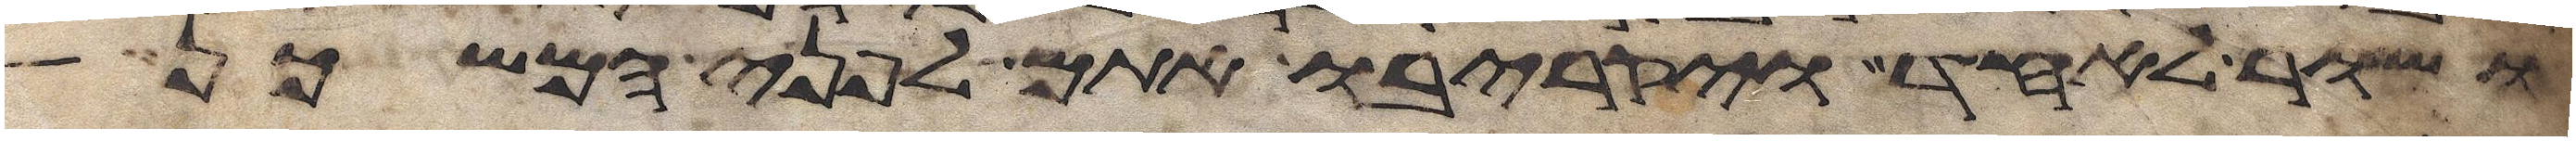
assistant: ושור לאחד ויקריבו אתם לפני המשכן